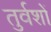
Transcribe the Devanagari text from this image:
तुर्वशों